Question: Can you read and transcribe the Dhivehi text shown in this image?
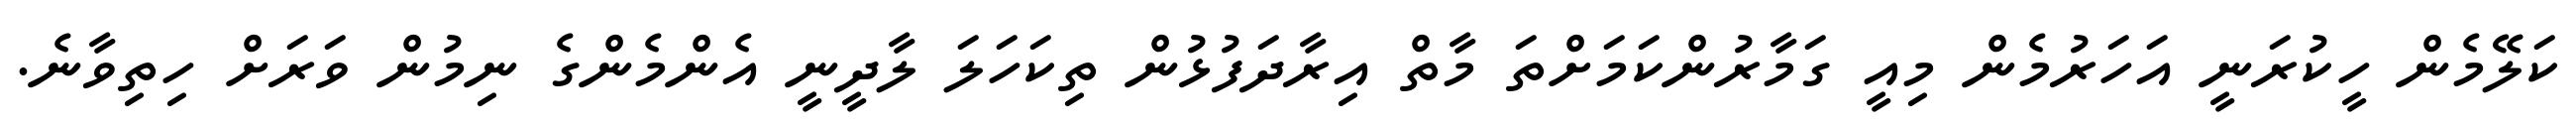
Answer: ކަލޭމެން ހީކުރަނީ އަހަރުމެން މިއީ ގަމާރުންކަމަށްތަ މާތް އިރާދަފުޅުން ތިކަހަލަ ލާދީނީ އެންމެންގެ ނިމުން ވަރަށް ހިތިވާނެ.